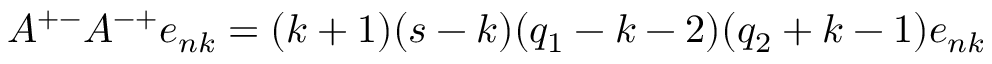
A ^ { + - } A ^ { - + } e _ { n k } = ( k + 1 ) ( s - k ) ( q _ { 1 } - k - 2 ) ( q _ { 2 } + k - 1 ) e _ { n k }